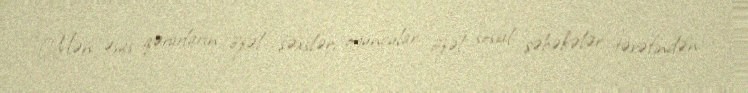
“Mən əsas qərarların özəl şəxslər, oyunçular, özəl sosial şəbəkələr tərəfindən